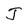
Character: J